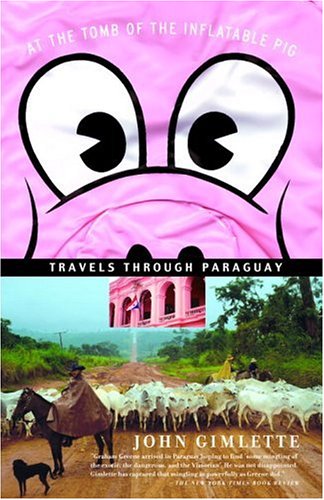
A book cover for At the Tomb of the Inflatable Pig: Travels Through Paraguay; John Gimlette; Travel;